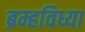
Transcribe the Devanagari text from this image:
ब्रम्हविध्या